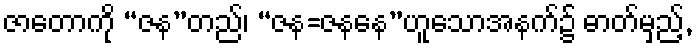
ဇာတောကို “ဇန”တည်၊ “ဇန=ဇနနေ”ဟူသောအနက်၌ ဓာတ်မှည့်,